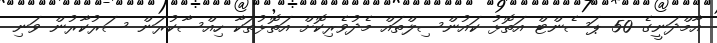
އާމްދަނީގެ 50 ޕަސެންޓް އަތޮޅު ކައުންސިލްތައް މެދުވެރިކޮށް އަތޮޅުތަކާ ހިއްސާކުރަން ސަރުކާރުން ވަނި